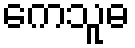
ကေသူဓ